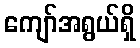
ကျော်အရွယ်ရှိ